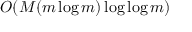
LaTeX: O ( M ( m \log m ) \log \log m )